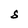
Character: S